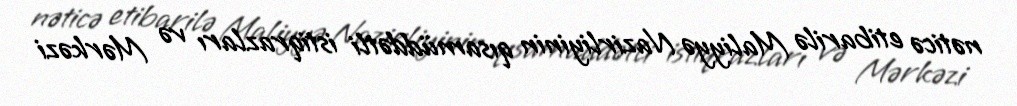
nəticə etibarilə Maliyyə Nazirliyinin qısamüddətli istiqrazları və Mərkəzi